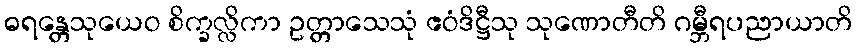
ဓရန္တေသုယေဝ စိက္ခလ္လိကာ ဥတ္တာသေသုံ ဧဝံဒိဋ္ဌီသု သုဏောတီတိ ဂမ္ဘီရပညာယာတိ